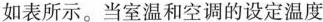
如表所示。当室温和空调的设定温度